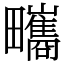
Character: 㽯